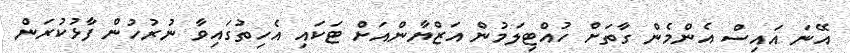
އޭނަ އައިސް އެންމެން ގާތަށް ހުއްޓިލަމުން އަޒްޔާންއަށް ޓަކައި އެހިތުގައިވާ ނުރުހުން ފާޅުކުރަން